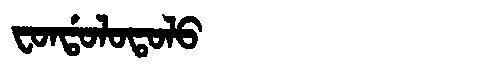
Manchu: ᠸᠣᠨᡩᠣᠯᠣᡨᠣᠯᠣ
Romanization: FONDOLOTOLO